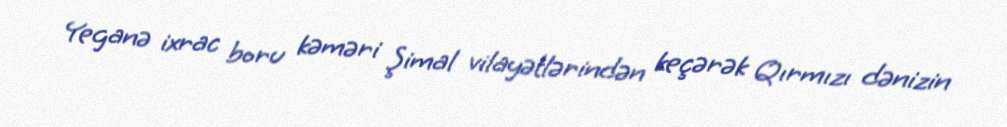
Yeganə ixrac boru kəməri Şimal vilayətlərindən keçərək Qırmızı dənizin